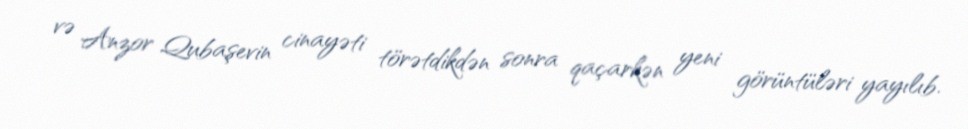
və Anzor Qubaşevin cinayəti törətdikdən sonra qaçarkən yeni görüntüləri yayılıb.